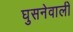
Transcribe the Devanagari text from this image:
घुसनेवाली